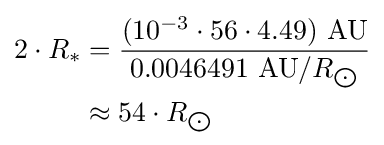
{\begin{aligned}2\cdot R_{*}&={\frac {(10^{-3}\cdot 56\cdot 4.49)\ {\text{AU}}}{0.0046491\ {\text{AU}}/R_{\bigodot }}}\\&\approx 54\cdot R_{\bigodot }\end{aligned}}